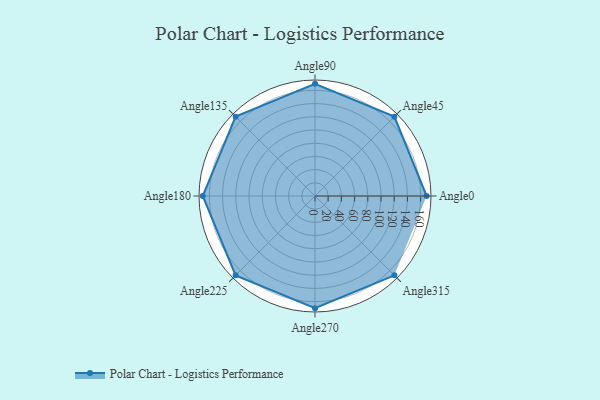
{"axis": {"x": "Angle", "y": "Radius"}, "legend": [""], "data": [{"x": "Angle0", "y": 169.0, "type": ""}, {"x": "Angle45", "y": 170, "type": ""}, {"x": "Angle90", "y": 170, "type": ""}, {"x": "Angle135", "y": 170, "type": ""}, {"x": "Angle180", "y": 170, "type": ""}, {"x": "Angle225", "y": 170, "type": ""}, {"x": "Angle270", "y": 170, "type": ""}, {"x": "Angle315", "y": 170, "type": ""}]}